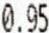
0.95